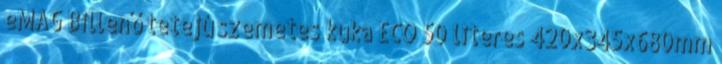
eMAG Billenő tetejú szemetes kuka ECO 50 literes 420x345x680mm